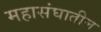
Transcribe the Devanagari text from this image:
महासंघातील